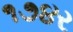
૧૭૪ર